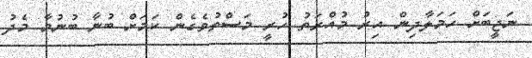
ނަޖީބަށް ހަމަލާދިން އިރު މުއްރަތު ހުރީ މަސްތުވެގެން ކަމަށް ބުނާ ބުނުމާ މެދު